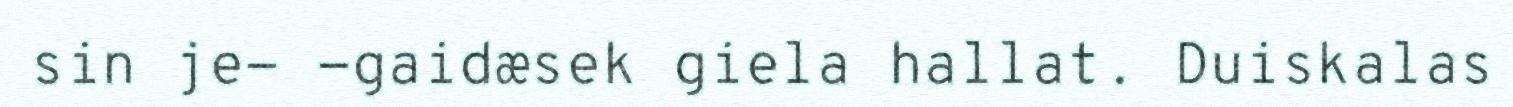
sin je- -gaidæsek giela hallat. Duiskalas